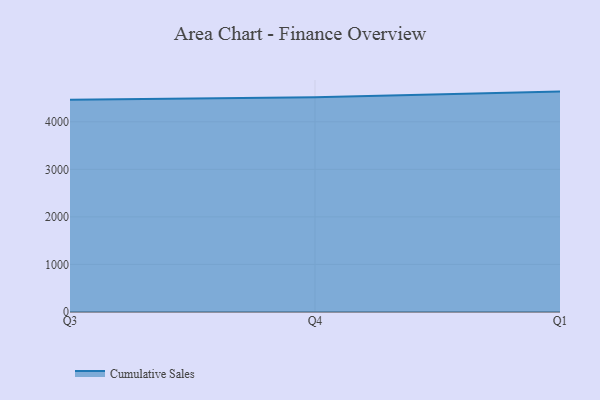
{"axis": {"x": "Quarter", "y": "Inventory Turnover"}, "legend": ["Cumulative Sales"], "data": [{"x": "Q3", "y": 4462.9, "type": "Cumulative Sales"}, {"x": "Q4", "y": 4513.3, "type": "Cumulative Sales"}, {"x": "Q1", "y": 4634.6, "type": "Cumulative Sales"}]}